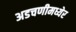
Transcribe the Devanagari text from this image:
अडचणीमध्येर